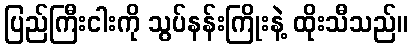
ပြည်ကြီးငါးကို သွပ်နန်းကြိုးနဲ့ ထိုးသီသည်။